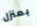
بمنزل